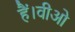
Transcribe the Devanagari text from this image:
हैं।वीओ